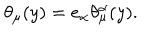
\theta _ { \mu } ( y ) = e _ { \alpha } \theta _ { \mu } ^ { \alpha } ( y ) .